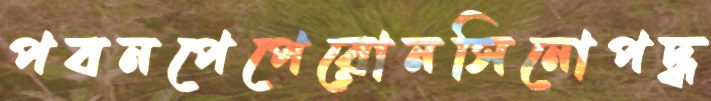
পবনপেপেরোনসিনোপদ্ধ